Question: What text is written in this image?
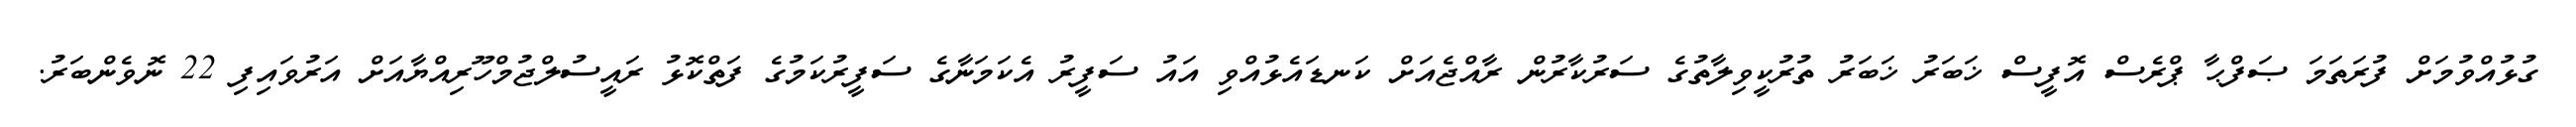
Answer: ގުޅުއްވުމަށް ފުރަތަމަ ޞަފްޙާ ޕްރެސް އޮފީސް ޚަބަރު ޚަބަރު ތުރުކީވިލާތުގެ ސަރުކާރުން ރާއްޖެއަށް ކަނޑައެޅުއްވި އައު ސަފީރު އެކަމަނާގެ ސަފީރުކަމުގެ ފަތްކޮޅު ރައީސުލްޖުމްހޫރިއްޔާއަށް އަރުވައިފި 22 ނޮވެންބަރު.